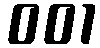
001